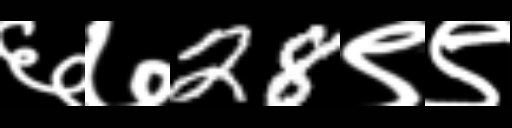
Text: ६७28९९